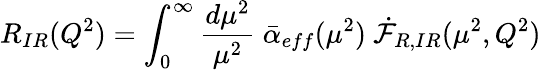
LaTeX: R_{IR}(Q^{2})=\int_{0}^{\infty}{\frac{d\mu^{2}}{\mu^{2}}}\ \bar{\alpha}_{eff}(\mu^{2})\ \dot{{\cal F}}_{R,IR}(\mu^{2},Q^{2})